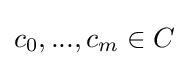
c_{0},...,c_{m}\in C